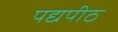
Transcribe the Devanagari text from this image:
पद्यपीठ